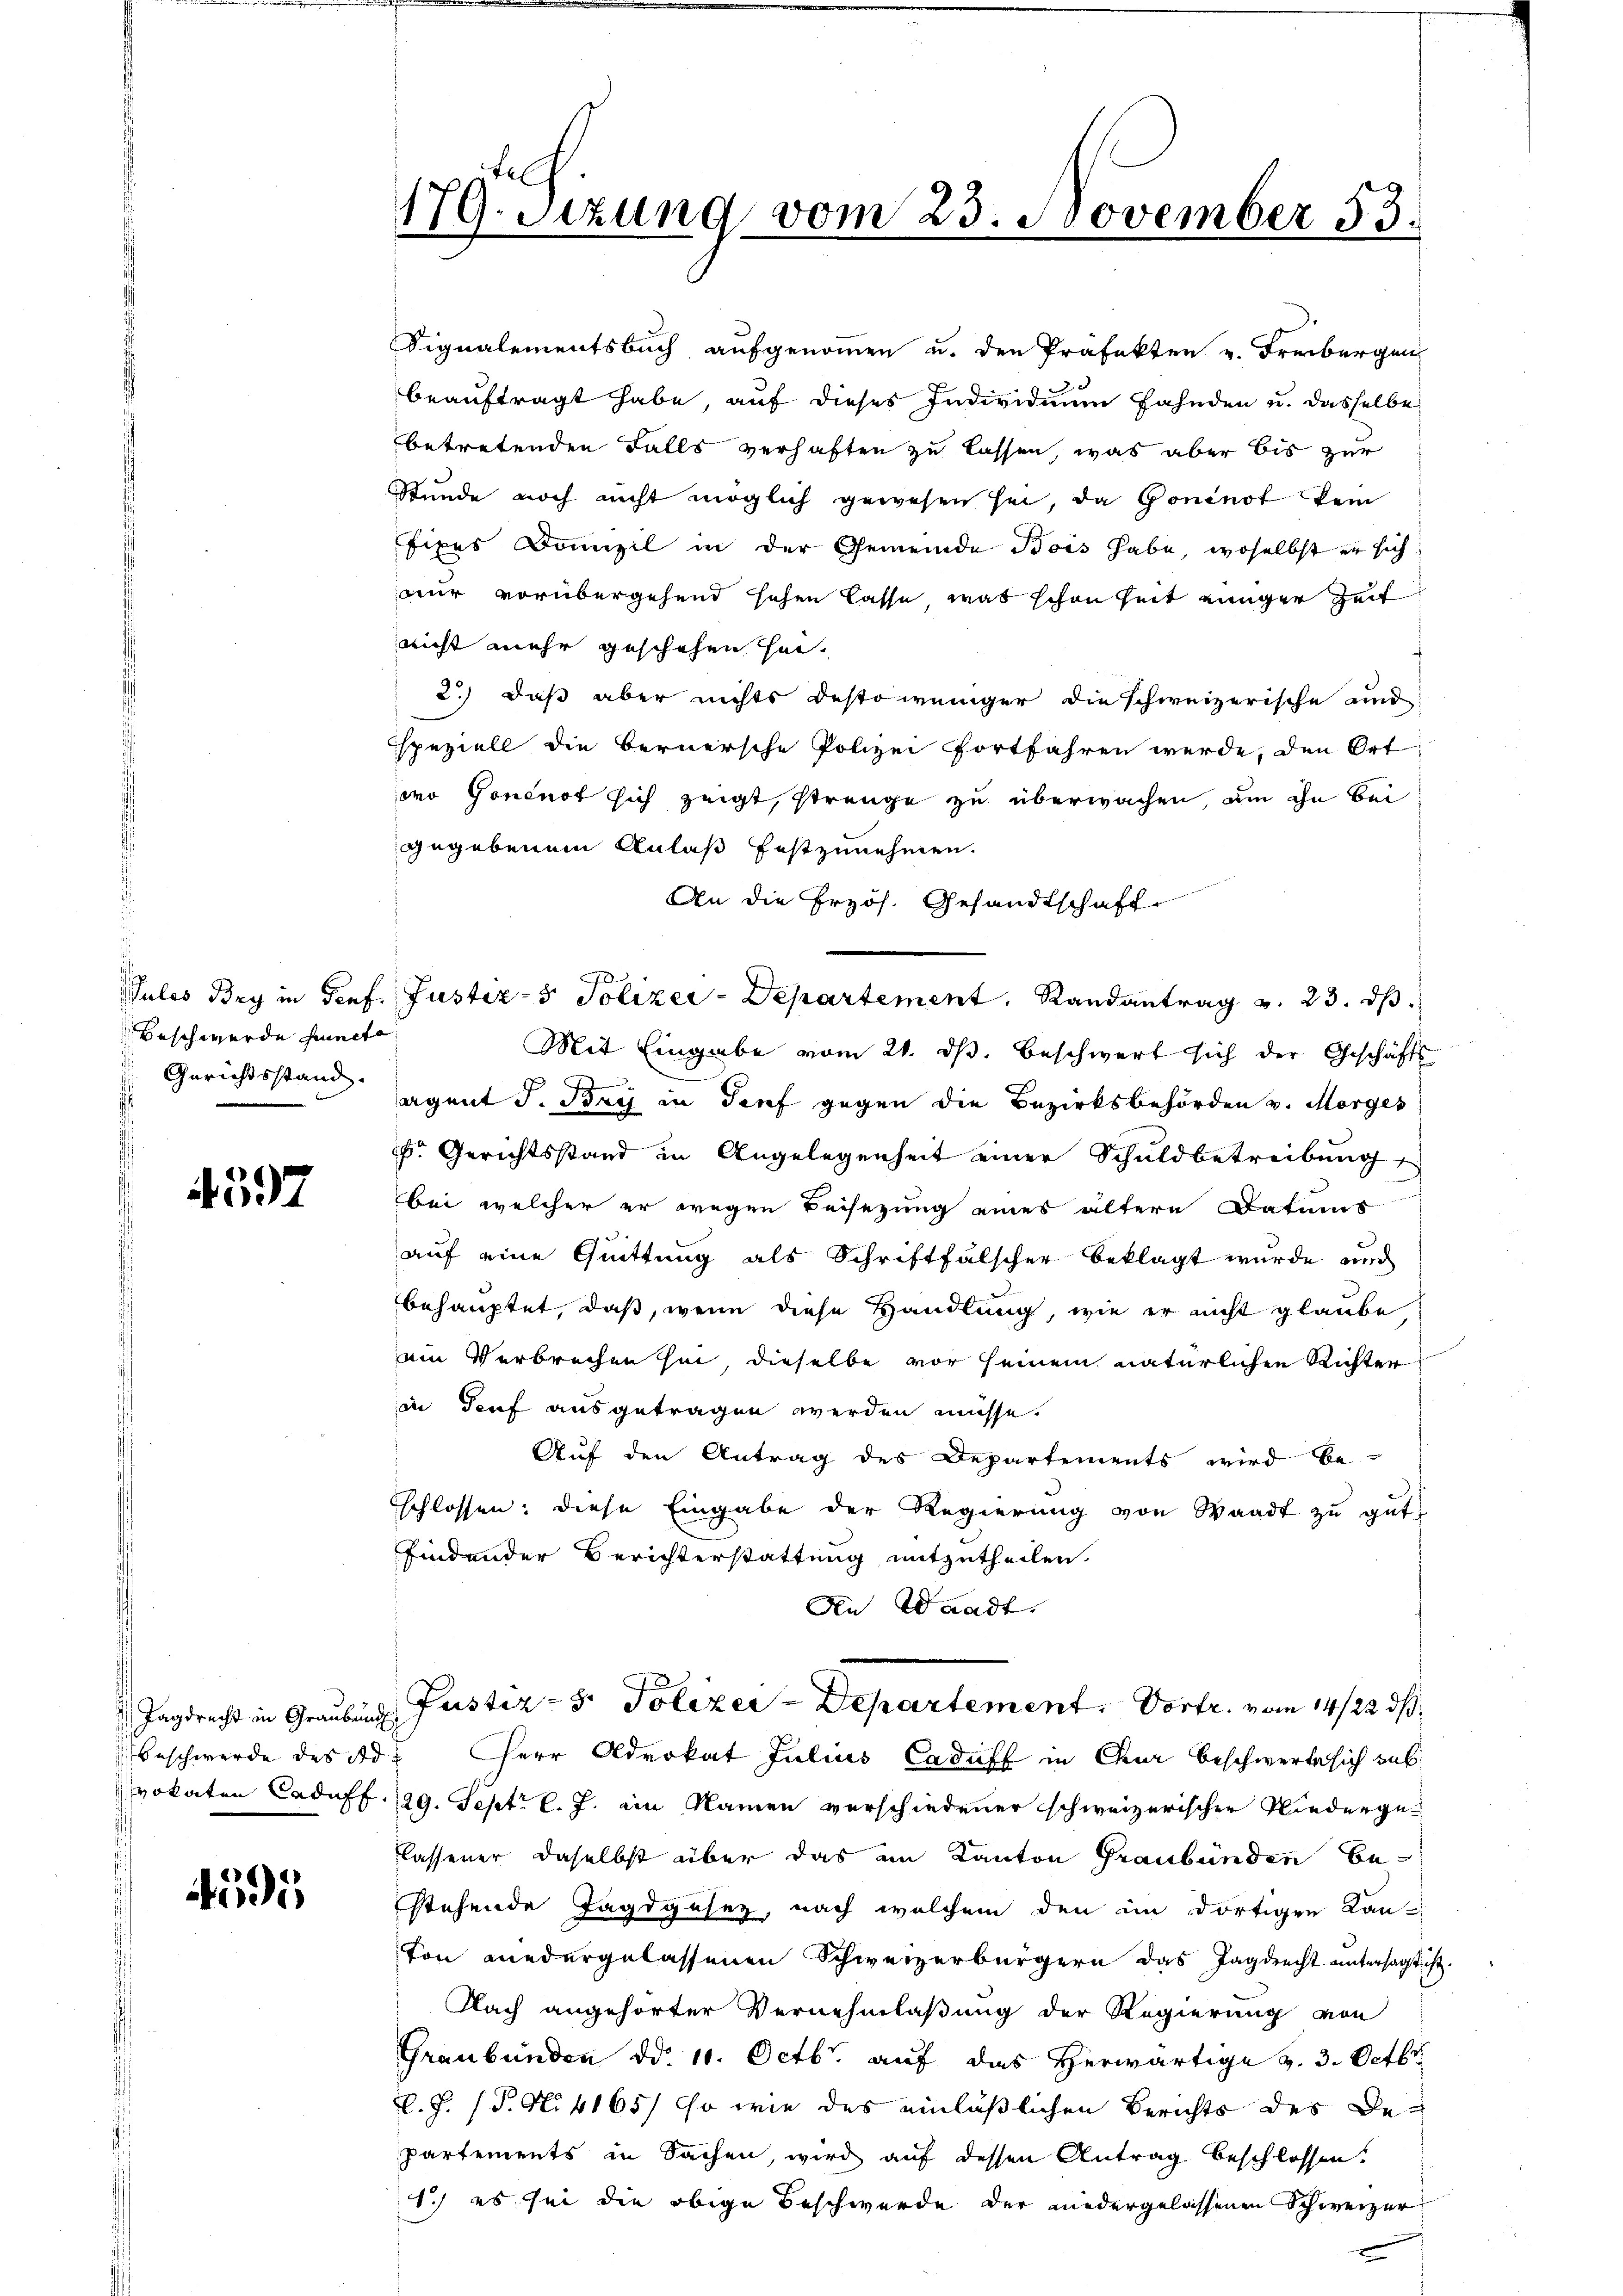
d
Beschwerde functo
Gerichtsstand.

597

Tagdrecht in Graubung

4595

179. Sezung vom 23. November 53.

Signalementsbuch aufgenommen u. den Präfekten v. Freibergen
beauftragt habe, auf dieses Individuum fahnden u. dasselbe
betretenden Falls verhaften zu lassen, was aber bis zur
Stunde noch nicht möglich gewesen sei, da Goninot kein
fixes Domizil in der Gemeinde Bois habe, woselbst er sich
nur vorübergehend sehen lasse, was schon heit einger Zeit
nicht mehr geschehen hat.
2.) daß aber nichts desto weniger die schweizerische und
speziell die Bernersche Polizei fortfahren werde, den Ort
mo Goncnot sich zeigt, strenge zu überwachen, um ihn bei
gegebenem Anlaß festzunehmen.
An die Przös. Gesandtschaft.
Pules Bry in Genf. Justiz- & Polizer-Departement. Randantrag v. 23. ds.
Mit Eingabe vom 21. ds. beschwert sich der Geschäfts
.
agent J. Bry in Josef gegen die Bezirksbehörden v. Morges
 Gerichtsstand in Angelegenheit einer Schuldbetreibung
bei welcher er wegen Beisezung eines ältere Datums
auf eine Quittung als Schriftfälscher beklagt wurde und
behauptet, daß, wenn diese Handlung, wie er nicht glaube
ein Verbrechen sei, dieselbe vor seinem natürlichen Richter
in Teuf ausgetragen werden müsse.
Auf den Antrag des Departements wird be-
schlossen: diese Eingabe der Regierung von Waadt zu gut
findender Berichterstattung mitzutheilen.
An Waadt.
Pustiz- & Polizer-Departement. Vortr. vom 14/22. ds.
Beschwerde des Ad. Herr Advokat Julius Caduff in Chur beschwerte sich sub
vokaten Caduff. 129. Sept. l. J. ein Namen verschiedener schweizerischer Niedergelassener daselbst über das im Kanton Graubünden bestehende Jagdgesez, nach welchem den im dortigen Kan-
ton wiedergelassenen Schweizerbürgern das Jagdrecht untersagt ist.
Nach angehörter Vernehmlaßung der Regierung von
Graubünden d. 10. Octbr. auf das herwärtige v. 3. Octbr
l.J. (T. N. 4165) so wie des einläßlichen Berichts des Be-
partements in Sachen, wird auf dessen Antrag beschlossen.
1.) es sei die obige Beschwerde der niedergelassenen Schweizer
x